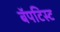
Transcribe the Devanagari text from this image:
बॅपटिस्ट